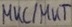
Text: MKC/MKT